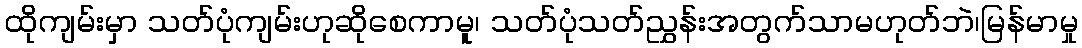
ထိုကျမ်းမှာ သတ်ပုံကျမ်းဟုဆိုစေကာမူ၊ သတ်ပုံသတ်ညွှန်းအတွက်သာမဟုတ်ဘဲ၊မြန်မာမှု